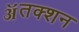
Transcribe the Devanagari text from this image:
ॲतक्शन